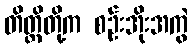
တိတ္ထိတို့က စဉ်းအိုးအကွဲ